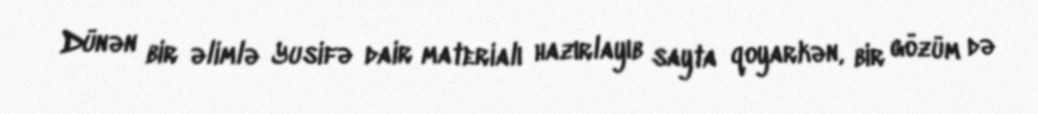
Dünən bir əlimlə Yusifə dair materialı hazırlayıb sayta qoyarkən, bir gözüm də